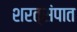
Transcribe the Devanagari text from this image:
शरत्संपात